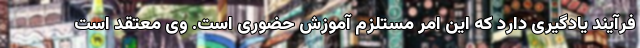
فرآیند یادگیری دارد که این امر مستلزم آموزش حضوری است. وی معتقد است